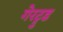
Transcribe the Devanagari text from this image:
गेरट्रुड